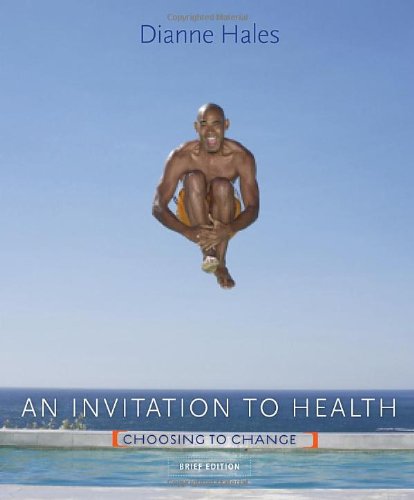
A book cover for An Invitation to Health: Choosing to Change, Brief Edition (with Personal Wellness Guide) (Available Titles Diet Analysis Plus); Dianne Hales; Medical Books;